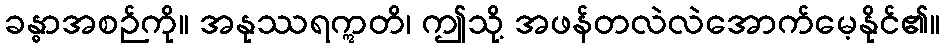
ခန္ဓာအစဉ်ကို။ အနုဿရဣတိ၊ ဤသို့ အဖန်တလဲလဲအောက်မေ့နိုင်၏။